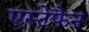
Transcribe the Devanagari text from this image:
एस्टेफैन